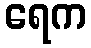
ရေက